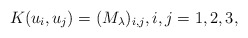
\begin{align*} K(u_i,u_j)=(M_\lambda)_{i,j},i,j=1,2,3,\end{align*}